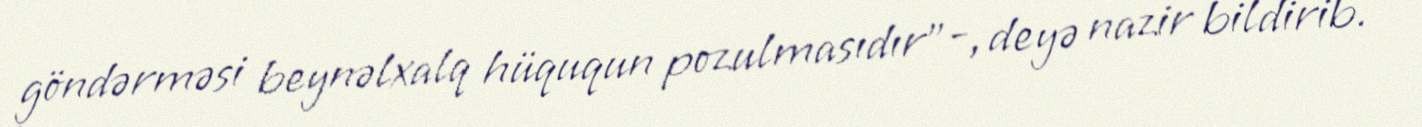
göndərməsi beynəlxalq hüququn pozulmasıdır”-, deyə nazir bildirib.